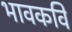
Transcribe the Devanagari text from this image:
भावकवि